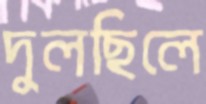
দুলছিলে